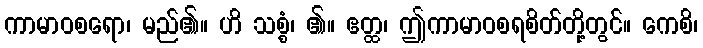
ကာမာဝစရော၊ မည်၏။ ဟိ သစ္စံ၊ ၏။ ဧတ္ထ၊ ဤကာမာဝစရစိတ်တို့တွင်။ ကေစိ၊